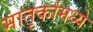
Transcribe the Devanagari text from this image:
मातृकांमध्ये